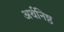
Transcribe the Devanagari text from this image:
अर्थनिष्ठ